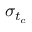
\sigma _ { t _ { c } }